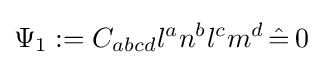
\Psi _{1}:=C_{abcd}l^{a}n^{b}l^{c}m^{d}\,{\hat {=}}\,0